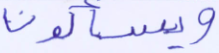
ويسألون